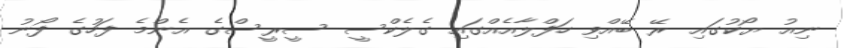
ނިއު ޔޯކުގައި ރޭ ބޭއްވި ހަފްލާއެއްގައި ގެލެކްސީ ސީރީސްގެ އެންމެ ފަހުގެ ފޯނު